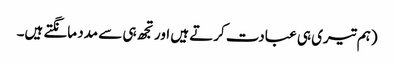
(ہم تیری ہی عبادت کرتے ہیں اور تجھ ہی سے مدد مانگتے ہیں۔